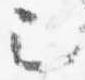
已